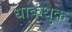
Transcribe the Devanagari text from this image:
धाकधुक